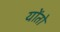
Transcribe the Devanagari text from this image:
योंतो